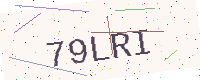
Text: 79LRI